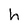
Character: h